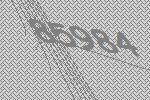
85984